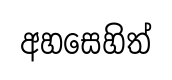
අහසෙහිත්